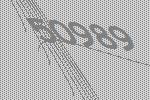
50989